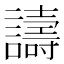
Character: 譸